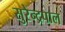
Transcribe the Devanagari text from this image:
सुरेन्द्रपाल